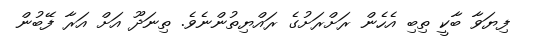
ފިޔަވާ ބާކީ ތިބި އެހެން ރަށްރަށުގެ ރައްޔިތުންނެވެ. ތިނަދޫ އަށް އަރާ ފޭބުން